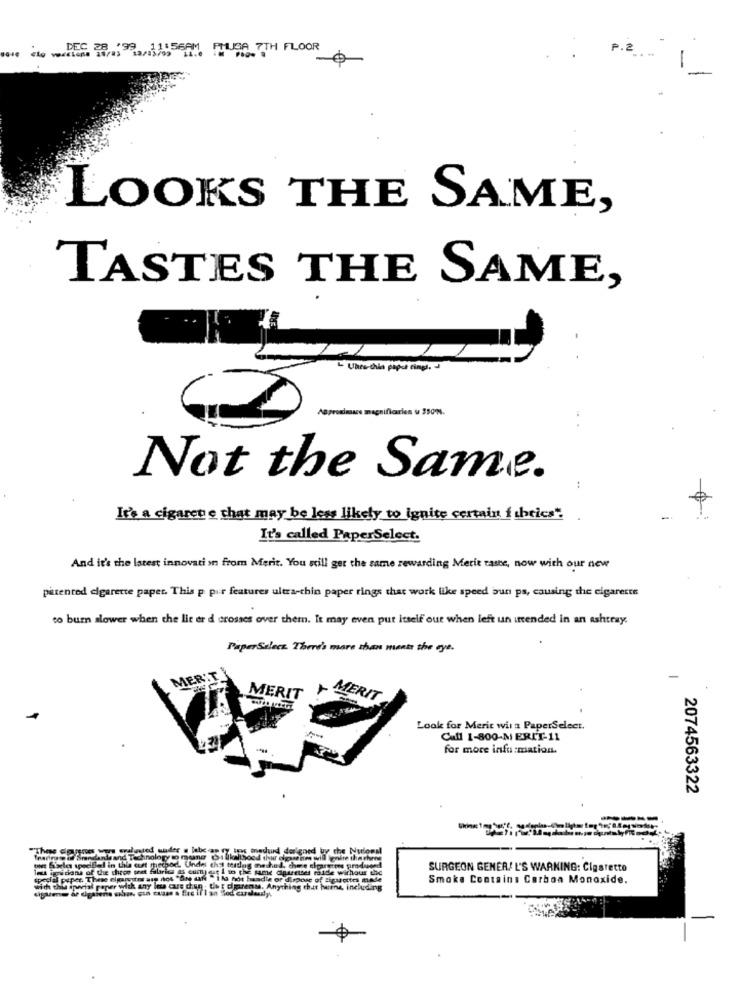
1:56AM PMUSA 7TH FLOOR
LOOKS THE SAME,
TASTES THE SAME,
- UnturChia papel cingl. -
Not the Same.
..
It's a cigarene chat may be less likely to ignite certain fabrics".
It's called PaperSelect.
And it's the latest innovation from Merit. You still ger the same rewarding Merit taste, now with our new
patented cigarette paper. This p pir features ultra-chin paper rings that work like speed bun ps, causing thic cigarette
to burn slower when the lie er d crosses over them. It may even put itself out when left un intended in an Ashtray.
PaperSelect. There's more than ments the eye.
AER
-
MERIT
MERIT
Look for Merit wir a PaperSelect.
Caff 1-800-M ERIT-11
for more information.
2074563322
tes avendund derlened
by the
Undel chst testing method, chee elpartes pf
SURGEON GENERAL'S WARNING: Cigstetto
spedal pipet These elparecer asp of
NON "Ils not haadle or dispose of Sigarette
Smoke Contains Carbon Monoxide.
with this iptal peper with any les curs dieg . tb : cigarenas. Anything chat
ine, in